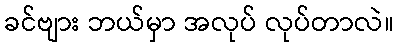
ခင်ဗျား ဘယ်မှာ အလုပ် လုပ်တာလဲ။